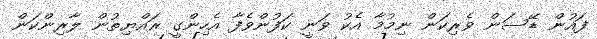
ފައުން ޑޭސަން ވެރިކަން ނިމުމާ އެކު ވަނީ ކަފުންވެފާ އެހިންގީ ރައްޔިތުން ލާރިންކަން